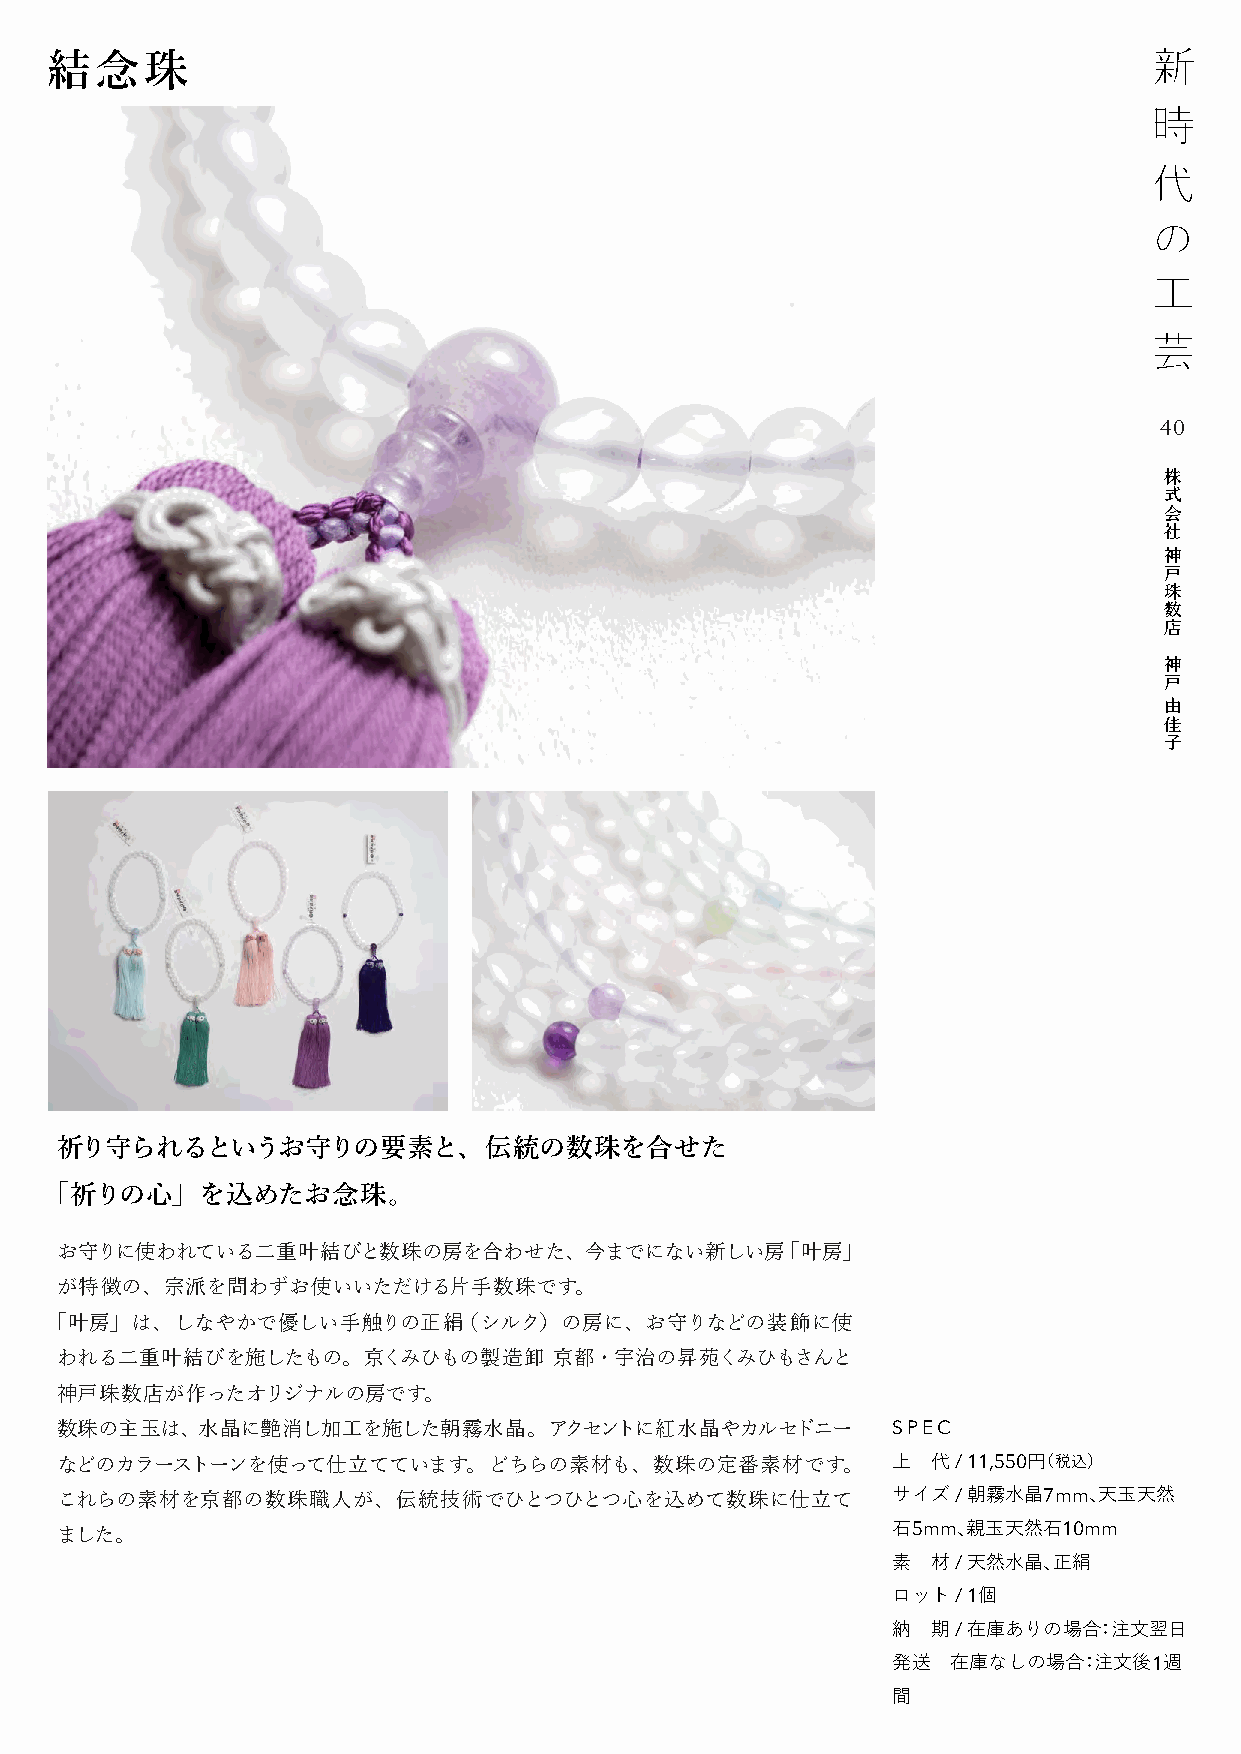
結念珠
 40
 株
 式
 会
 社
 神
 戸
 珠
 数
 店
 神
 戸
 由
 佳
 子
 祈り守られるというお守りの要素と、伝統の数珠を合せた
 「祈りの心」を込めたお念珠。
 お守りに使われている二重叶結びと数珠の房を合わせた、今までにない新しい房「叶房」
 が特徴の、宗派を問わずお使いいただける片手数珠です。
 「叶房」は、しなやかで優しい手触りの正絹（シルク）の房に、お守りなどの装飾に使
 われる二重叶結びを施したもの。京くみひもの製造卸         京都・宇治の昇苑くみひもさんと
 神戸珠数店が作ったオリジナルの房です。
 数珠の主玉は、水晶に艶消し加工を施した朝霧水晶。アクセントに紅水晶やカルセドニー               SPEC
 などのカラーストーンを使って仕立てています。どちらの素材も、数珠の定番素材です。               上  代 / 11,550円（税込）
 これらの素材を京都の数珠職人が、伝統技術でひとつひとつ心を込めて数珠に仕立て                 サイズ / 朝霧水晶7mm、天玉天然
 ました。
 石5mm、親玉天然石10mm
 素  材 / 天然水晶、正絹
 ロット / 1個
 納  期 / 在庫ありの場合：注文翌日
 発送  在庫なしの場合：注文後1週
 間